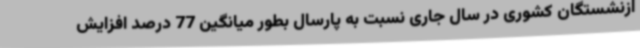
ازنشستگان کشوری در سال جاری نسبت به پارسال بطور میانگین 77 درصد افزایش